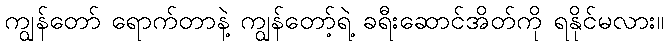
ကျွန်တော် ရောက်တာနဲ့ ကျွန်တော့်ရဲ့ ခရီးဆောင်အိတ်ကို ရနိုင်မလား။